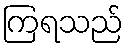
ကြရသည်